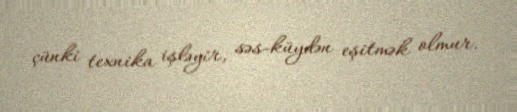
çünki texnika işləyir, səs-küydən eşitmək olmur.